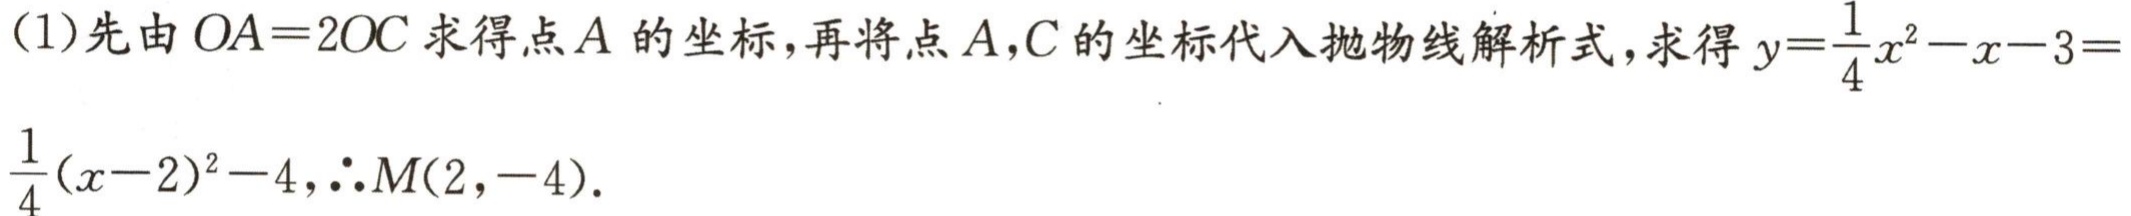
(1)先由 \(OA = 2OC\) 求得点 \(A\) 的坐标,再将点 \(A,C\) 的坐标代入抛物线解析式, 求得 \(y = \frac{1}{4}x^{2}-x - 3=\frac{1}{4}(x - 2)^{2}-4\),\(\therefore M(2,-4)\).